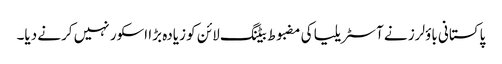
پاکستانی باؤلرز نے آسٹریلیا کی مضبوط بیٹنگ لائن کو زیادہ بڑا اسکور نہیں کرنے دیا۔